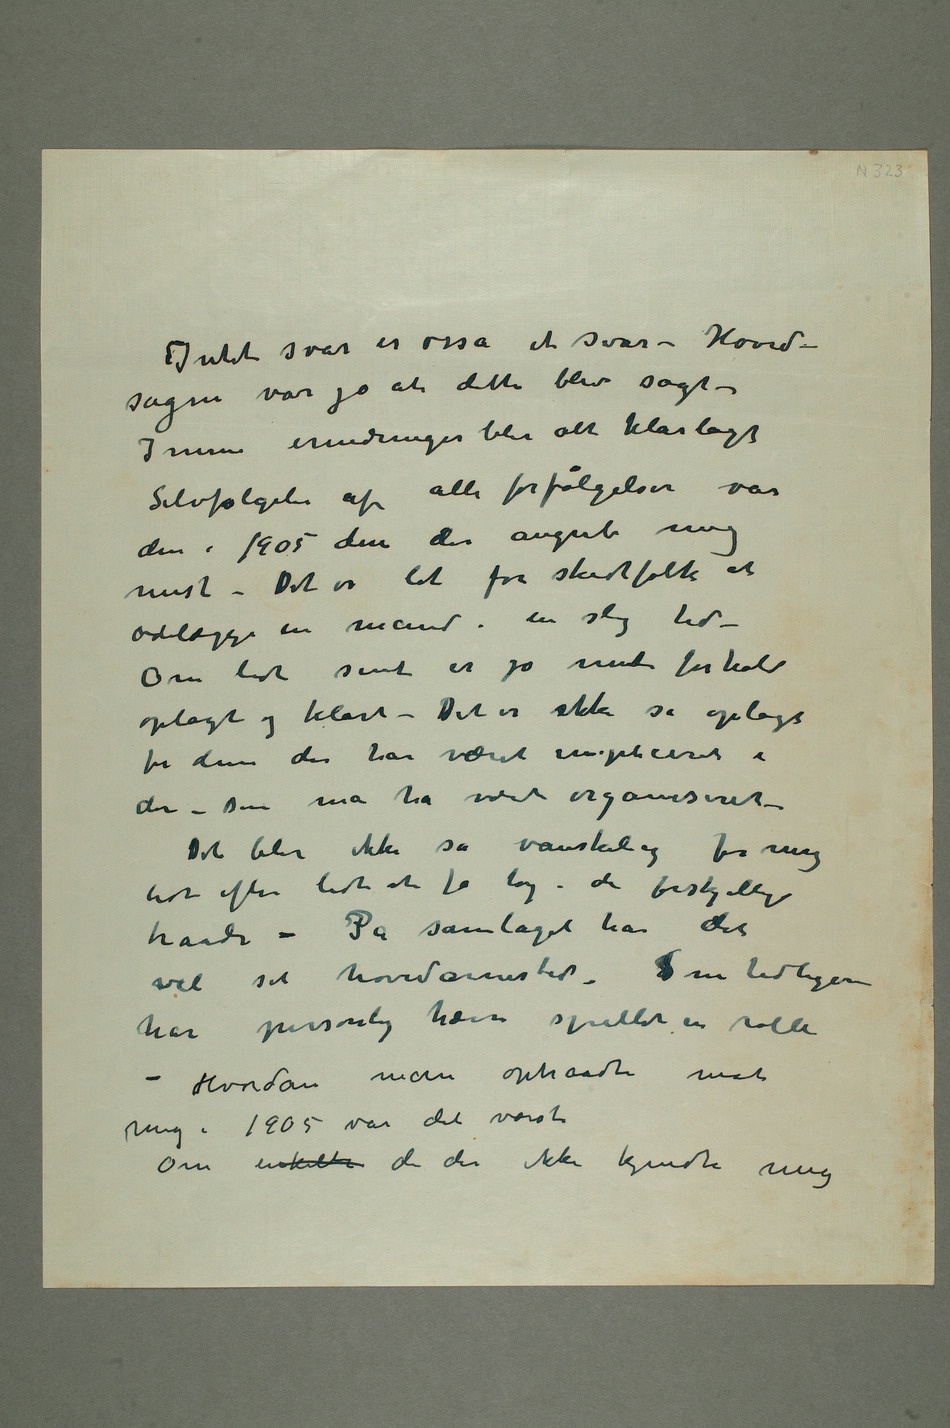
Intet svar er osså et svar – Hoved-
sagen var jo at dette blev sagt –
I mine erindringer blir alt klarlagt
Selvfølgeli af alle forfølgelser var
den i 1905 den der angreb mig
mest – Det er let for skidtfolk at
ødelægge en mand i en slig tid –
Om lidt sent er jo mit forhold
oplagt og klart – Det er ikke så oplagt
for dem der har været impliceret i
den – Den må ha været organiseret –
Det blev ikke så vanskelig for mig
lidt efter lidt at få tag i de forskjellige
traade – På samlaget har det
vel sit hovedarnested – Som tidligere
har personlig hævn spillet en rolle –
Hvordan man optraadte mot
mig i 1905 var det værste
Om  enkelte de der ikke kjendte mig